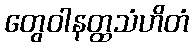
တွေဝါနတ္ထသံဟိတံ